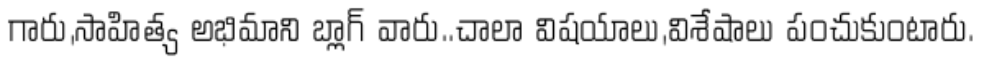
గారు,సాహిత్య అభిమాని బ్లాగ్ వారు..చాలా విషయాలు,విశేషాలు పంచుకుంటారు.